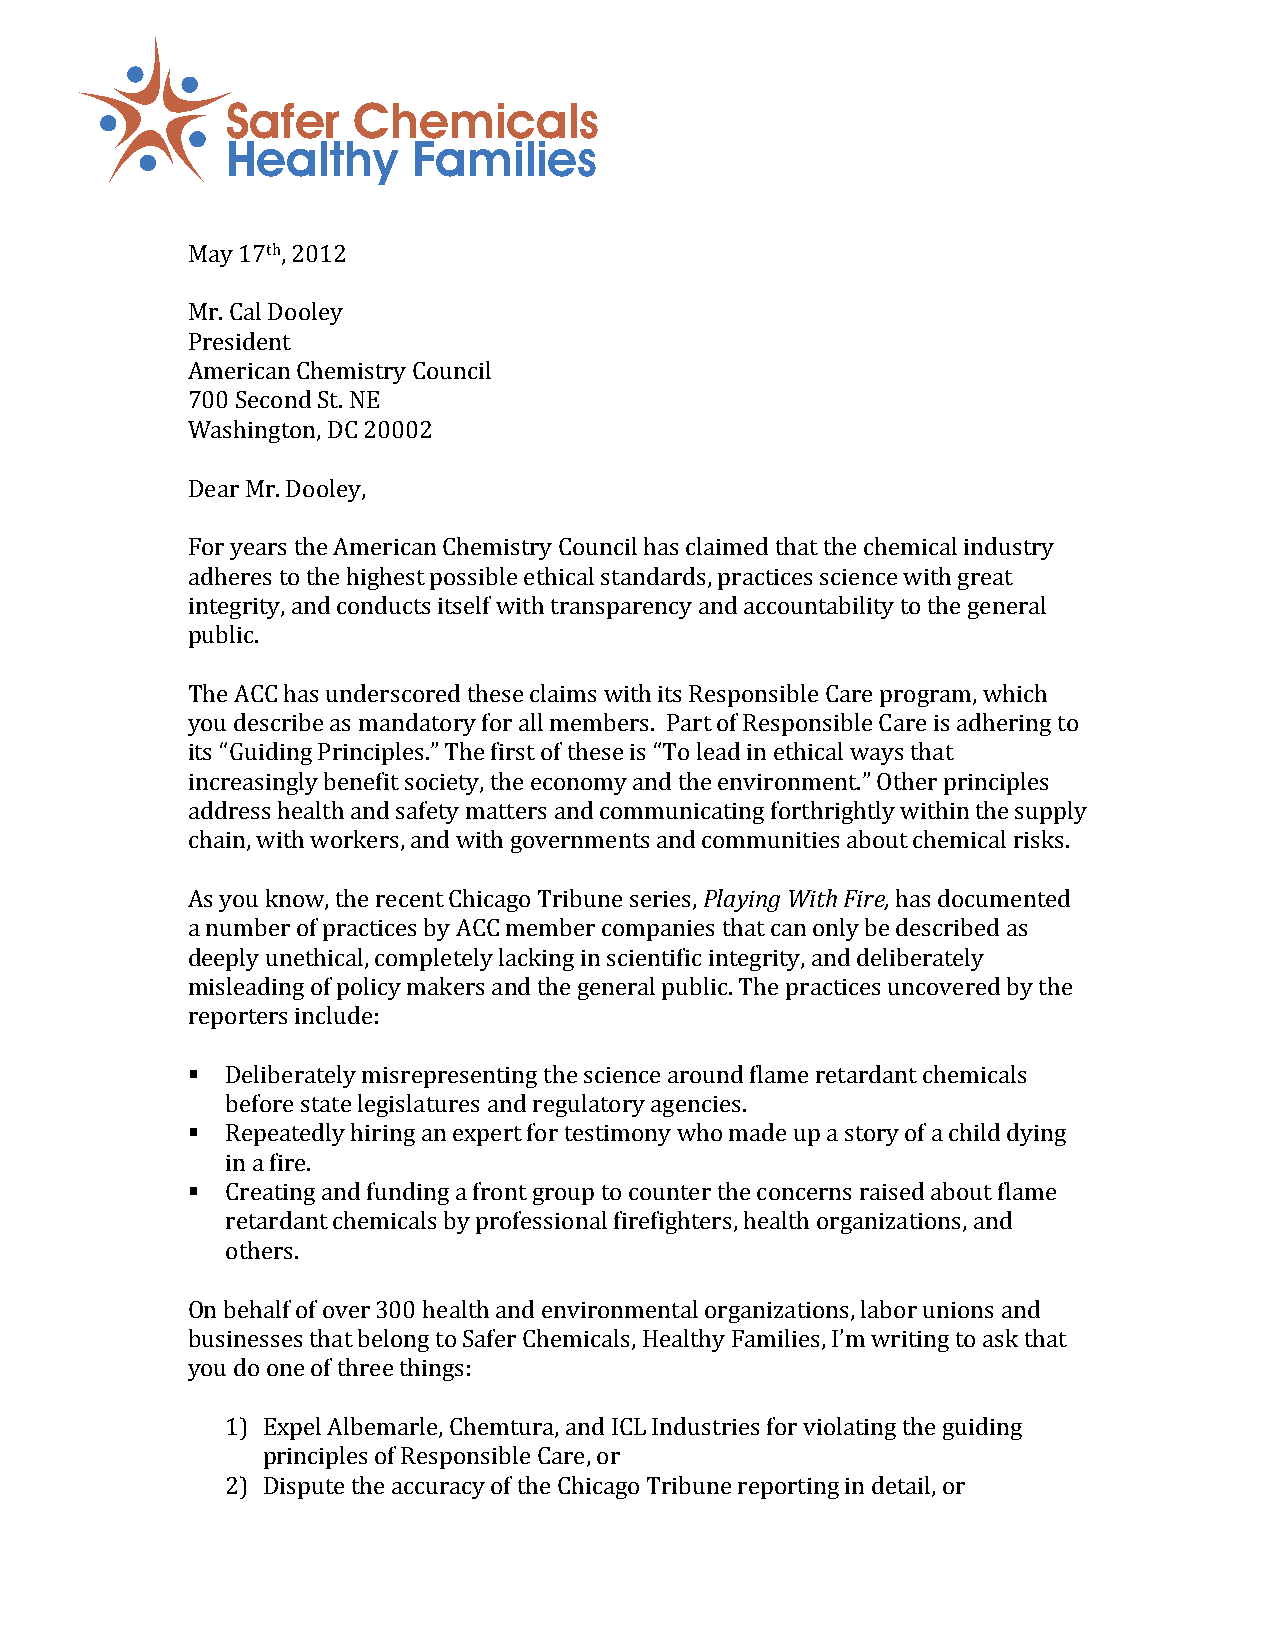
Safer   Chemicals
 Healthy     Families
 May 17th, 2012
 Mr. Cal Dooley
 President
 American Chemistry Council
 700 Second St. NE
 Washington, DC 20002
 Dear Mr. Dooley,
 For years the American Chemistry Council has claimed that the chemical industry
 adheres to the highest possible ethical standards, practices science with great
 integrity, and conducts itself with transparency and accountability to the general
 public.
 The ACC has underscored these claims with its Responsible Care program, which
 you describe as mandatory for all members. Part of Responsible Care is adhering to
 its “Guiding Principles.” The first of these is “To lead in ethical ways that
 increasingly benefit society, the economy and the environment.” Other principles
 address health and safety matters and communicating forthrightly within the supply
 chain, with workers, and with governments and communities about chemical risks.
 As you know, the recent Chicago Tribune series, Playing With Fire, has documented
 a number of practices by ACC member companies that can only be described as
 deeply unethical, completely lacking in scientific integrity, and deliberately
 misleading of policy makers and the general public. The practices uncovered by the
 reporters include:
   Deliberately misrepresenting the science around flame retardant chemicals
 before state legislatures and regulatory agencies.
   Repeatedly hiring an expert for testimony who made up a story of a child dying
 in a fire.
   Creating and funding a front group to counter the concerns raised about flame
 retardant chemicals by professional firefighters, health organizations, and
 others.
 On behalf of over 300 health and environmental organizations, labor unions and
 businesses that belong to Safer Chemicals, Healthy Families, I’m writing to ask that
 you do one of three things:
 1) Expel Albemarle, Chemtura, and ICL Industries for violating the guiding
 principles of Responsible Care, or
 2) Dispute the accuracy of the Chicago Tribune reporting in detail, or